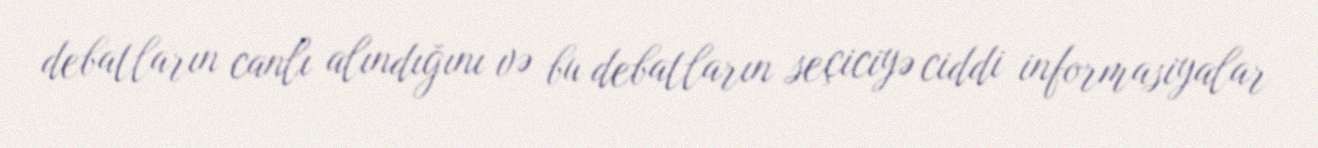
debatların canlı alındığını və bu debatların seçiciyə ciddi informasiyalar